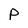
Character: p